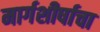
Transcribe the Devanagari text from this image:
मार्गशीर्षाचा